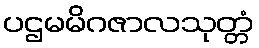
ပဌမမိဂဇာလသုတ္တံ